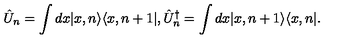
\hat { U } _ { n } = \int d x | x , n \rangle \langle x , n + 1 | , \hat { U } _ { n } ^ { \dagger } = \int d x | x , n + 1 \rangle \langle x , n | .